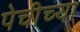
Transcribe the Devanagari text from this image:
पेचीच्या